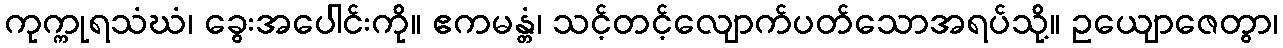
ကုက္ကုရသံဃံ၊ ခွေးအပေါင်းကို။ ဧကမန္တံ၊ သင့်တင့်လျောက်ပတ်သောအရပ်သို့။ ဥယျောဇေတွာ၊